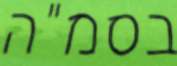
בסמ"ה